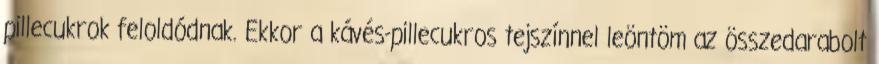
pillecukrok feloldódnak. Ekkor a kávés-pillecukros tejszínnel leöntöm az összedarabolt